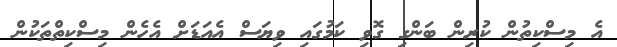
އެ މިސްކިތުން ކުރިން ބަންގި ގޮވި ކަމުގައި ވިޔަސް އެއަޑަށް އެހެން މިސްކިތްތަކުން